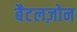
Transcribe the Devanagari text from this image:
बैटलज़ोन